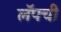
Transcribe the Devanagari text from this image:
लॅपची